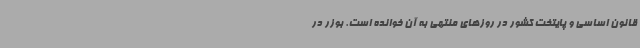
قانون اساسی و پایتخت کشور در روزهای منتهی به آن خوانده است. بوزر در